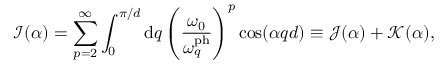
\mathcal { I } ( \alpha ) = \sum _ { p = 2 } ^ { \infty } \int _ { 0 } ^ { \pi / d } \mathrm { d } q \left( \frac { \omega _ { 0 } } { \omega _ { q } ^ { \mathrm { p h } } } \right) ^ { p } \cos ( \alpha q d ) \equiv \mathcal { J } ( \alpha ) + \mathcal { K } ( \alpha ) ,